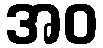
အဝ